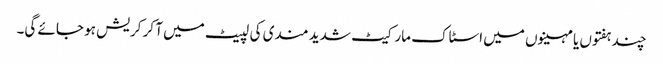
چند ہفتوں یا مہینوں میں اسٹاک مارکیٹ شدید مندی کی لپیٹ میں آ کر کریش ہو جائے گی۔